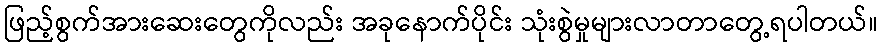
ဖြည့်စွက်အားဆေးတွေကိုလည်း အခုနောက်ပိုင်း သုံးစွဲမှုများလာတာတွေ့ရပါတယ်။